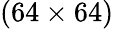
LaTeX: (64\times 64)